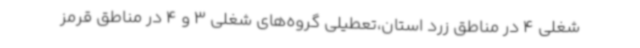
شغلی 4 در مناطق زرد استان،تعطیلی گروه‌های شغلی 3 و 4 در مناطق قرمز